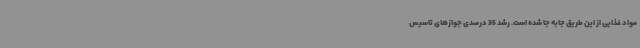
مواد غذایی از این طریق جابه جا شده است. رشد 35 درصدی جوازهای تاسیس